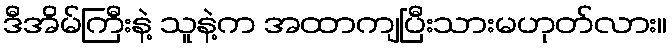
ဒီအိမ်ကြီးနဲ့ သူနဲ့က အထာကျပြီးသားမဟုတ်လား။